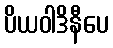
ပိယဝါဒိနီပေ